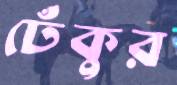
ঢেঁকুর